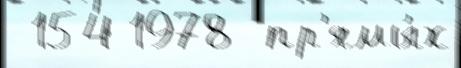
-154 1978  пр'ямы́х